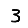
Digit: 3